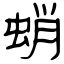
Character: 蛸